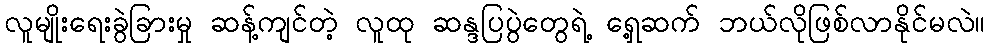
လူမျိုးရေးခွဲခြားမှု ဆန့်ကျင်တဲ့ လူထု ဆန္ဒပြပွဲတွေရဲ့ ရှေ့ဆက် ဘယ်လိုဖြစ်လာနိုင်မလဲ။